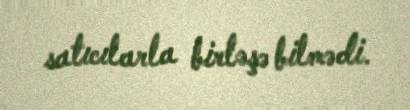
satıcılarla birləşə bilmədi.